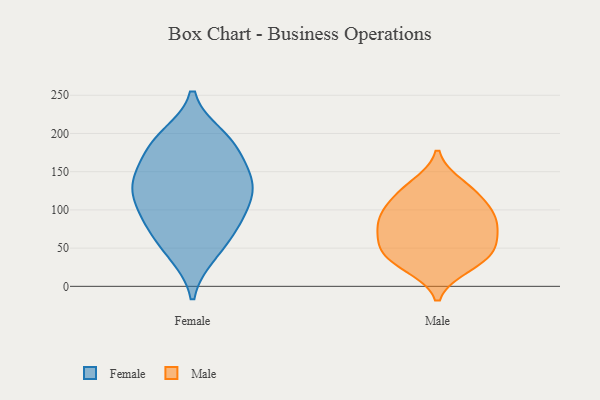
{"axis": {"x": "Latency (ms)", "y": "Value"}, "legend": ["Female", "Male"], "data": [{"x": "", "y": 133, "type": "Female"}, {"x": "", "y": 84, "type": "Female"}, {"x": "", "y": 69, "type": "Female"}, {"x": "", "y": 145, "type": "Female"}, {"x": "", "y": 142, "type": "Female"}, {"x": "", "y": 42, "type": "Female"}, {"x": "", "y": 174, "type": "Female"}, {"x": "", "y": 196, "type": "Female"}, {"x": "", "y": 197, "type": "Female"}, {"x": "", "y": 121, "type": "Female"}, {"x": "", "y": 114, "type": "Female"}, {"x": "", "y": 101, "type": "Female"}, {"x": "", "y": 181, "type": "Female"}, {"x": "", "y": 139, "type": "Female"}, {"x": "", "y": 91, "type": "Female"}, {"x": "", "y": 185, "type": "Female"}, {"x": "", "y": 75, "type": "Female"}, {"x": "", "y": 134, "type": "Female"}, {"x": "", "y": 41, "type": "Female"}, {"x": "", "y": 62, "type": "Male"}, {"x": "", "y": 85, "type": "Male"}, {"x": "", "y": 32, "type": "Male"}, {"x": "", "y": 93, "type": "Male"}, {"x": "", "y": 26, "type": "Male"}, {"x": "", "y": 54, "type": "Male"}, {"x": "", "y": 39, "type": "Male"}, {"x": "", "y": 133, "type": "Male"}, {"x": "", "y": 85, "type": "Male"}, {"x": "", "y": 116, "type": "Male"}, {"x": "", "y": 123, "type": "Male"}, {"x": "", "y": 53, "type": "Male"}, {"x": "", "y": 90, "type": "Male"}]}